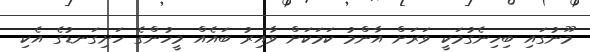
މޫނުގައި ބިހިނެގުމަކީ ވަރަށް އާންމު ކަމަކަށް ވާއިރު ބައެއް މީހުންގެ ހަށިގަނޑުގެ އެކި